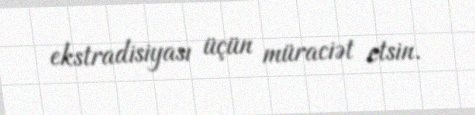
ekstradisiyası üçün müraciət etsin.